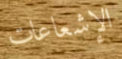
الإشعاعات